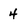
Character: 4